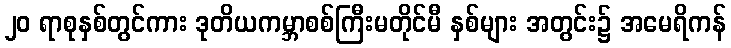
၂၀ ရာစုနှစ်တွင်ကား ဒုတိယကမ္ဘာစစ်ကြီးမတိုင်မီ နှစ်များ အတွင်း၌ အမေရိကန်